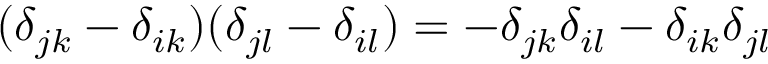
( \delta _ { j k } - \delta _ { i k } ) ( \delta _ { j l } - \delta _ { i l } ) = - \delta _ { j k } \delta _ { i l } - \delta _ { i k } \delta _ { j l }